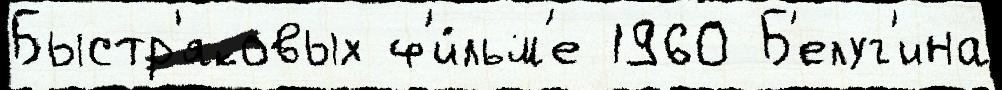
Быстр'яковых ф'и́льм'е 1960 Б'елуг'ина